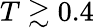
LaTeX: T\gtrsim 0.4